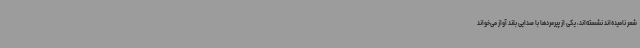
شعر نامیده‌اند نشسته‌اند، یکی از پیرمردها با صدایی بلند آواز می‌خواند